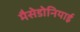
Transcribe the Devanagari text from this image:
मैसेडोनियाई